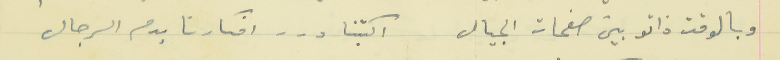
وبالوقت ذاتو بين صفحات الجيال                                   اكتبنا درر افكارنا بدم الرجال